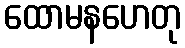
ထောမနဟေတု